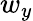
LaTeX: w_{y}